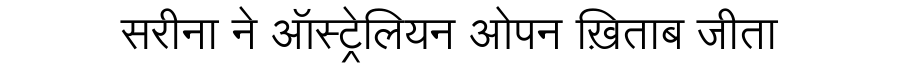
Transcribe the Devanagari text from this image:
सरीना ने ऑस्ट्रेलियन ओपन ख़िताब जीता